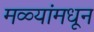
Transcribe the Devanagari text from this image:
मळ्यांमधून